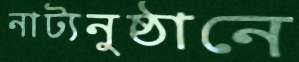
নাট্যনুষ্ঠানে